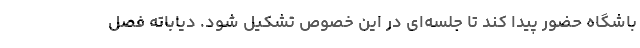
باشگاه حضور پیدا کند تا جلسه‌ای در این خصوص تشکیل شود. دیاباته فصل